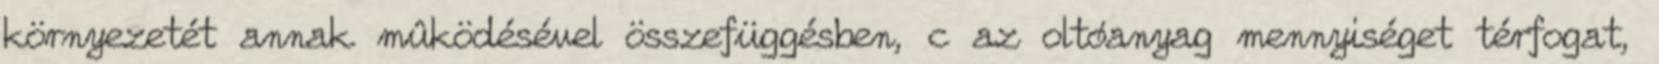
környezetét annak mûködésével összefüggésben, c az oltóanyag mennyiséget térfogat,